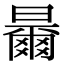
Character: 𣍓